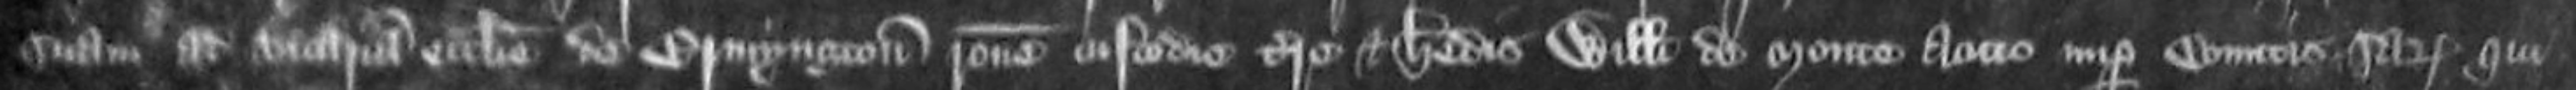
suam ad vicariam ecclesie de Ermyngton ratione custodie terre et heredis Willelmi de Monte Acuto nuper Comitis Sarum qui